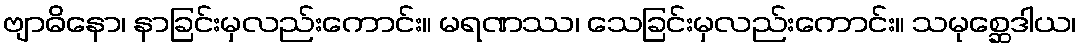
ဗျာဓိနော၊ နာခြင်းမှလည်းကောင်း။ မရဏဿ၊ သေခြင်းမှလည်းကောင်း။ သမုစ္ဆေဒါယ၊